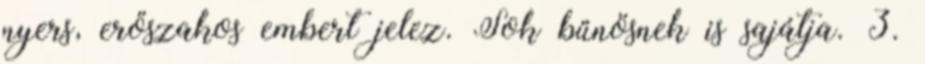
nyers, erőszakos embert jelez. Sok bűnösnek is sajátja. 3.